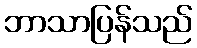
ဘာသာပြန်သည်